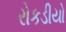
રોકડીયો